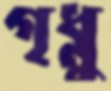
গৃধ্নু